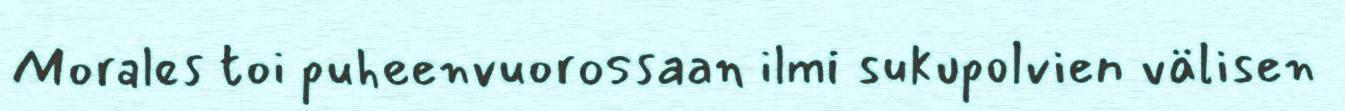
Morales toi puheenvuorossaan ilmi sukupolvien välisen